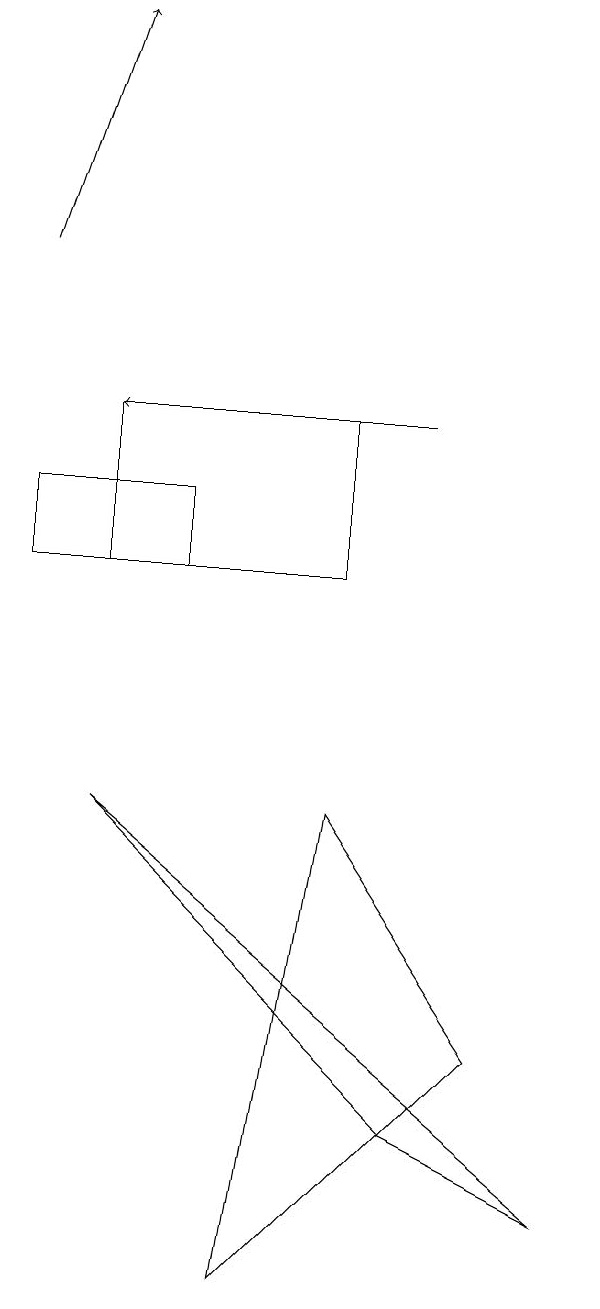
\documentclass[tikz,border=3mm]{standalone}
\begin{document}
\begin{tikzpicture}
\draw (5,3) -- (6,9) -- (8,6) -- cycle;
\draw (3,9) -- (9,4) -- (7,5) -- cycle;
\draw[->] (2,16) -- (3,19);
\draw (6,14) rectangle (3,12);
\draw[->] (7,14) -- (3,14);
\draw (2,12) rectangle (4,13);
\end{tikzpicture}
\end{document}